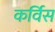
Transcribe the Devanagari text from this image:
कर्विस